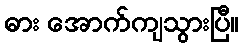
ဓား အောက်ကျသွားပြီ။